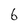
Character: 6